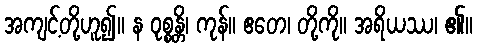
အကျင့်တို့ဟူ၍။ န ဝုစ္စန္တိ၊ ကုန်။ ဧတေ၊ တို့ကို။ အရိယဿ၊ ၏။